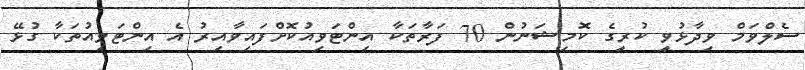
ސެލްވަމް ވިދާޅުވީ ކުރީގެ ކޮމިޝަނުން 70 ފަރާތަކާ އިންޓަވިއުކޮށްފައިވާއިރު އެ އިންޓަވިއުތަކާ ގުޅޭ